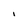
Character: I